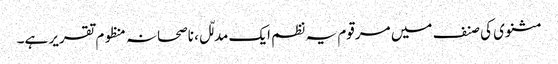
مثنوی کی صنف میں مرقوم یہ نظم ایک مدلّل، ناصحانہ منظوم تقریر ہے۔